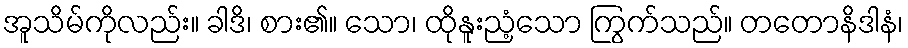
အူသိမ်ကိုလည်း။ ခါဒိ၊ စား၏။ သော၊ ထိုနူးညံ့သော ကြွက်သည်။ တတောနိဒါနံ၊